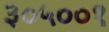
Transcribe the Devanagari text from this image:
३०५००१